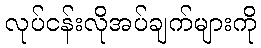
လုပ်ငန်းလိုအပ်ချက်များကို